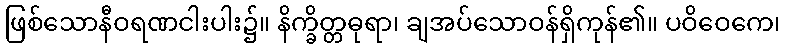
ဖြစ်သောနီဝရဏငါးပါး၌။ နိက္ခိတ္တဓုရာ၊ ချအပ်သောဝန်ရှိကုန်၏။ ပဝိဝေကေ၊